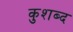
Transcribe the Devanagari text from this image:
कुशब्द